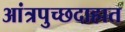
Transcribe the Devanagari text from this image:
आंत्रपुच्छदाहात